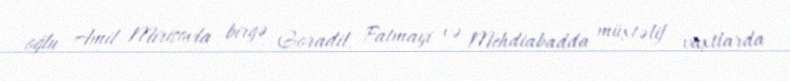
oğlu Amil Mirişovla birgə Goradil, Fatmayi və Mehdiabadda müxtəlif vaxtlarda